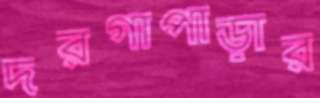
দরগাপাড়ার